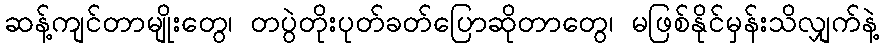
ဆန့်ကျင်တာမျိုးတွေ၊ တပွဲတိုးပုတ်ခတ်ပြောဆိုတာတွေ၊ မဖြစ်နိုင်မှန်းသိလျှက်နဲ့